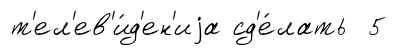
т'ел'ев'и́д'ен'иjа сд'е́лать 5